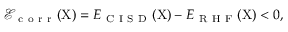
\mathcal { E } _ { \mathrm { ~ c ~ o ~ r ~ r ~ } } ( \mathrm { X } ) = E _ { \mathrm { ~ C ~ I ~ S ~ D ~ } } ( \mathrm { X } ) - E _ { \mathrm { ~ R ~ H ~ F ~ } } ( \mathrm { X } ) < 0 ,